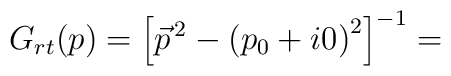
G_{rt}(p) = {\left[ {\vec{p}}^{\,2} - {(p_0 + i0)}^2 \right]}^{-1} =